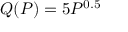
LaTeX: Q ( P ) = 5 P ^ { 0 . 5 }